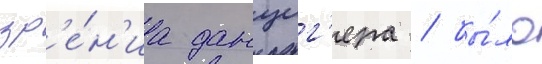
зр'е́н'иа данциг'ера / бы́ло